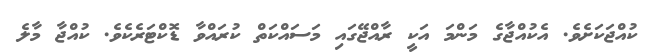
ކުއްޖަކަށެވެ. އެކުއްޖާގެ މަންމަ އަކީ ރާއްޖޭގައި މަސައްކަތް ކުރައްވާ ޑޮކްޓަރެކެވެ. ކުއްޖާ މާލެ